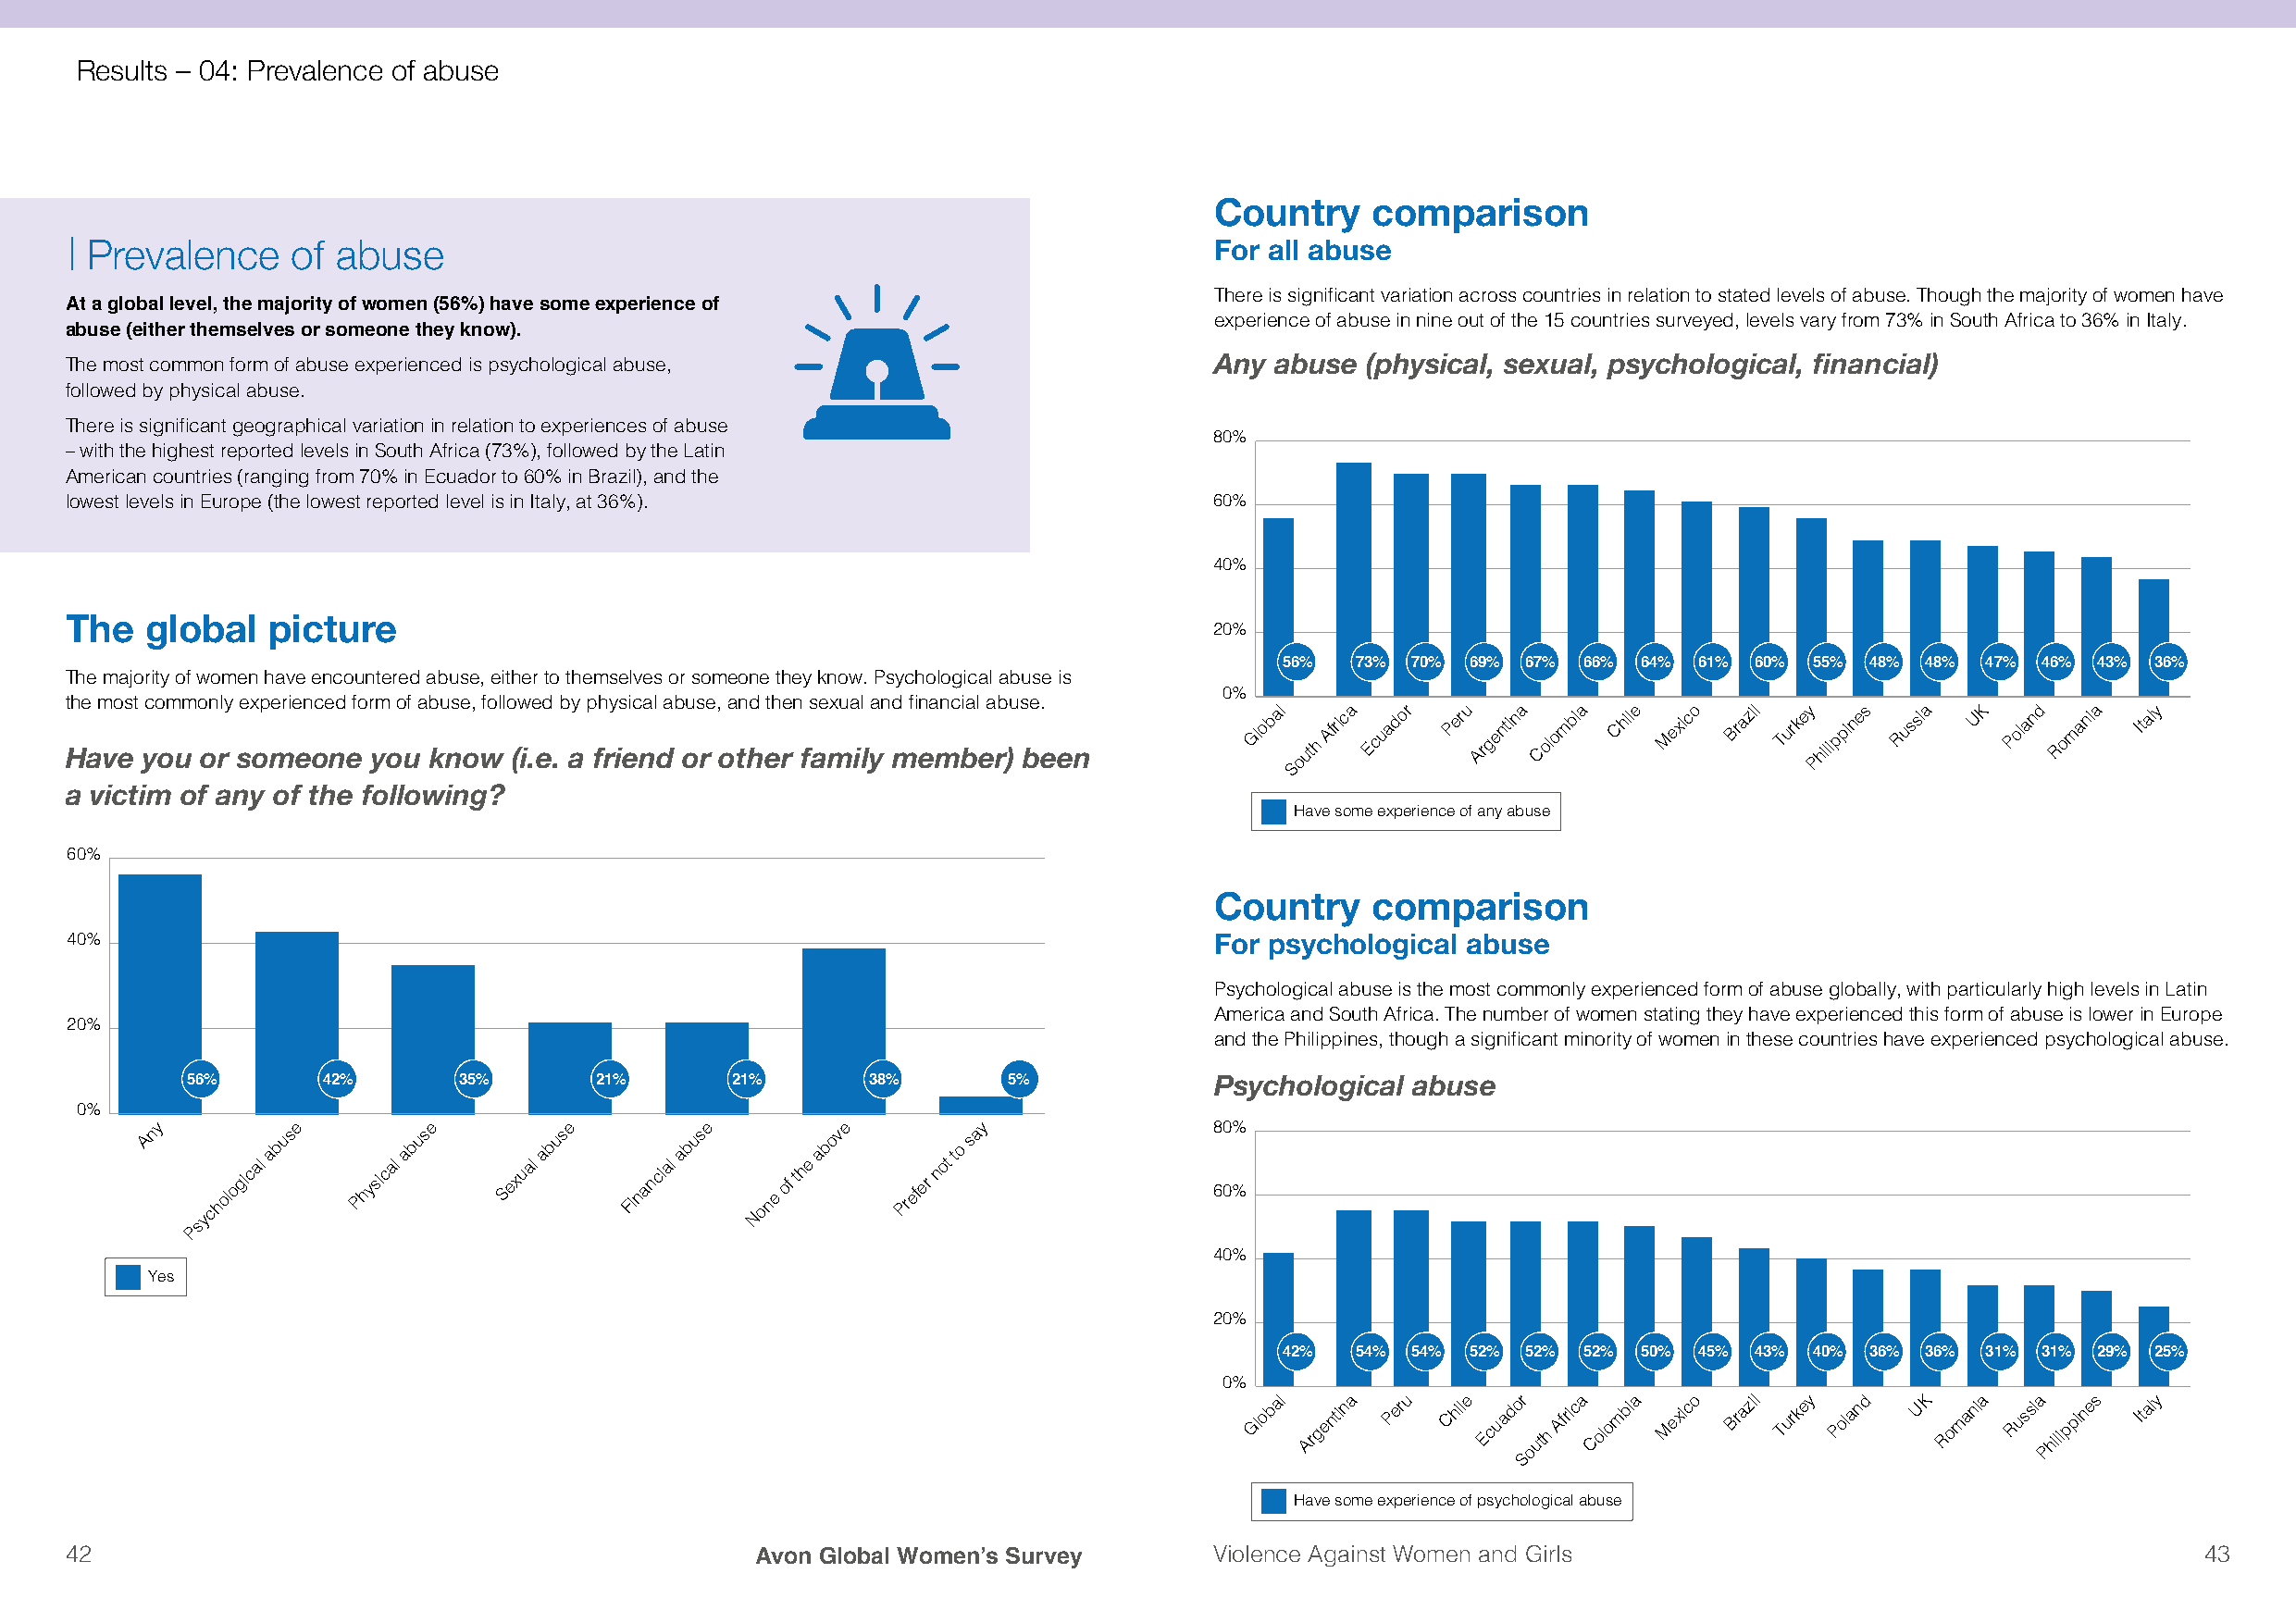
Results – 04: Prevalence of abuse
 Country    comparison
 Prevalence     of abuse                                                          For all abuse
 There is significant variation across countries in relation to stated levels of abuse. Though the majority of women have
 At a global level, the majority of women (56%) have some experience of
 experience of abuse in nine out of the 15 countries surveyed, levels vary from 73% in South Africa to 36% in Italy.
 abuse (either themselves or someone they know).
 Any abuse  (physical, sexual, psychological, financial)
 The most common form of abuse experienced is psychological abuse,
 followed by physical abuse.
 There is significant geographical variation in relation to experiences of abuse
 80%
 – with the highest reported levels in South Africa (73%), followed by the Latin
 American countries (ranging from 70% in Ecuador to 60% in Brazil), and the
 lowest levels in Europe (the lowest reported level is in Italy, at 36%).          60%
 40%
 The  global   picture
 20%
 56%  73% 70% 69% 67% 66% 64% 61%  60% 55% 48% 48% 47% 46% 43% 36%
 The majority of women have encountered abuse, either to themselves or someone they know. Psychological abuse is
 0%
 the most commonly experienced form of abuse, followed by physical abuse, and then sexual and financial abuse.
 Have you or someone   you know  (i.e. a friend or other family member) been
 Global
 uth
 Africa Ecuador Peru Argentina Colombia Chile Mexico Brazil Turkey hilippines Russia UK Poland Romania Italy
 o                                    P
 S
 a victim of any of the following?
 Have some experience of any abuse
 60%
 Country    comparison
 40%                                                                               For psychological abuse
 Psychological abuse is the most commonly experienced form of abuse globally, with particularly high levels in Latin
 America and South Africa. The number of women stating they have experienced this form of abuse is lower in Europe
 20%
 and the Philippines, though a significant minority of women in these countries have experienced psychological abuse.
 56%       42%       35%       21%      21%       38%       5%             Psychological abuse
 0%
 y         e         e         e        e         e         y                80%
 n         s        s         s         s         v         a
 A         u         u         u         u        o         s
 ychological
 ab
 Physical
 ab
 Sexual
 ab
 Financial
 ab
 None
 of
 the
 ab
 Prefer
 not
 to
 60%
 s
 P
 40%
 Yes
 20%
 42%  54% 54% 52% 52% 52% 50% 45%  43% 40% 36% 36% 31% 31% 29% 25%
 0%
 Global Argentina Peru Chile Ecuador
 uth
 Africa Colombia Mexico Brazil Turkey Poland UK Romania Russia hilippines Italy
 o                                    P
 S
 Have some experience of psychological abuse
 42                                               Avon Global Women’s Survey       Violence Against Women and Girls                                       43